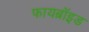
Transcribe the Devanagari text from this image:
फायब्रॉइड